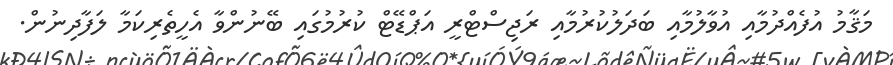
މަޤާމު އުފެއްދުމާއި އުވާލުމާއި ބަދަލުކުރުމާއި ރަޖިސްޓްރީ އަޕްޑޭޓް ކުރުމުގައި ބޭނުންވާ އެހީތެރިކަމާ ލަފާދިނުން.